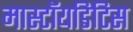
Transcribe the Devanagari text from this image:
मास्टॉयडिटिस